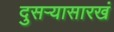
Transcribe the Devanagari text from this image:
दुसऱ्यासारखं